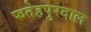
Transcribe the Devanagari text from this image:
फतेहपुरदाल